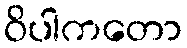
ဝိပါကတော